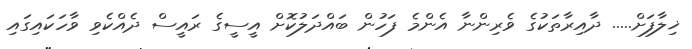
ޚިލާފަށް..... ދާއިރާތަކުގެ ވެރިންނާ އެންމެ ފަހުން ބައްދަލުކޮށް އީސީގެ ރައީސް ދެއްކެވި ވާހަކައިގައި